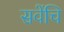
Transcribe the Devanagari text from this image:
सवेंचि